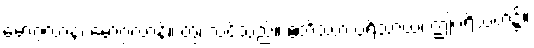
မောဂ္ဂလာန၊ မောဂ္ဂလာန်။ တွံ၊ သင်သည်။ ဧတိဿာ ပရိသာယ၊ ဤပရိသတ်၌။